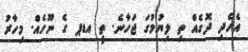
އެހެދި ދޮގެއް ތި ލިޔުމުގަ ޖަހާނެ. ތީ އޑޕ ގެ ނޫހެއް. މިހާރު